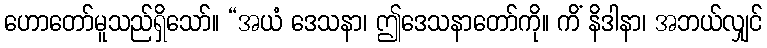
ဟောတော်မူသည်ရှိသော်။ “အယံ ဒေသနာ၊ ဤဒေသနာတော်ကို။ ကိံ နိဒါနာ၊ အဘယ်လျှင်